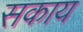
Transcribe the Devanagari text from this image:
सकाय